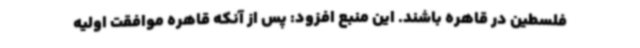
فلسطین در قاهره باشند. این منبع افزود: پس از آنکه قاهره موافقت اولیه